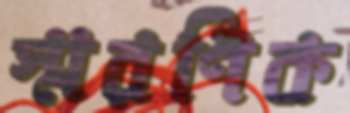
স্মরণিক